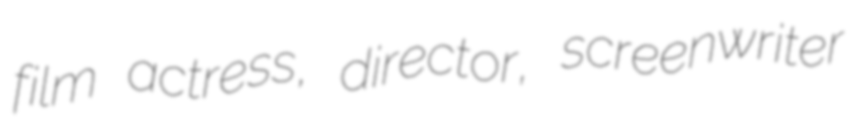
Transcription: film actress, director, screenwriter